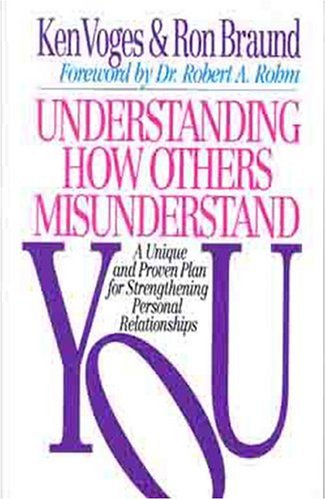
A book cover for Understanding How Others Misunderstand You: A Unique and Proven Plan for Strengthening Personal Relationships; Ken Voges; Self-Help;